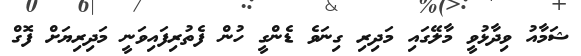
ޝަމާއު ވިދާޅުވީ މާލޭގައި މަދިރި ގިނަވެ ޑެންގީ ހުން ފެތުރިފައިވަނީ މަދިރިޔަށް ފޮގް